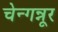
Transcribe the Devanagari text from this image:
चेन्गन्नूर